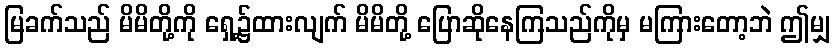
မြခက်သည် မိမိတို့ကို ရှေ့၌ထားလျက် မိမိတို့ ပြောဆိုနေကြသည်ကိုမှ မကြားတော့ဘဲ ဤမျှ